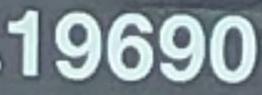
19690